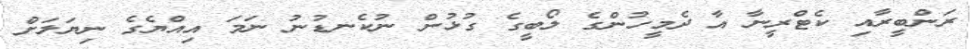
ރަންބީރާއި ކެޓްރީނާ އާ ދެމީހުންގެ ލޯބީގެ ގުޅުން ނުކެނޑުނު ނަމަ އިއްޔެގެ ނިޔަލަށް